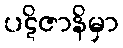
ပဋိဇာနိမှာ